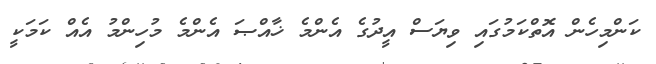
ކަންމިހެން އޮތްކަމުގައި ވިޔަސް އީދުގެ އެންމެ ޚާއްޞަ އެންމެ މުހިންމު އެއް ކަމަކީ